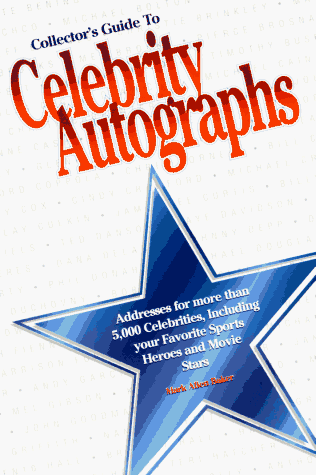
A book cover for Collector's Guide to Celebrity Autographs; Mark Allen Baker; Crafts, Hobbies & Home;